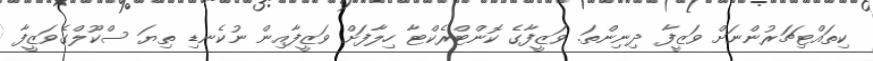
ކިތައްޓިޗަރުންނަށް ވަޒީފާ ދިނިންތަ. ވަޒީފާގެ ކޮންޓްރެކްޓާ ހިލާފަށް ވަޒީފާއިން ނުކެނޑި ތިޔަ ސްކޫލްގެވަޒީފާ